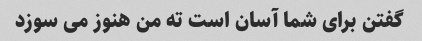
گفتن برای شما آسان است ته من هنوز می سوزد